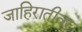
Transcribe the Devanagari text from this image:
जाहिरातीवर